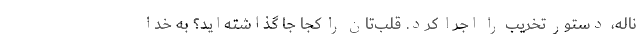
ناله، دستور تخریب را اجرا کرد. قلب‌تان را کجا جا گذاشته‌اید؟ به خدا